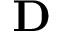
\mathbf { D }